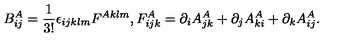
B _ { i j } ^ { A } = \frac { 1 } { 3 ! } \epsilon _ { i j k l m } F ^ { A k l m } , F _ { i j k } ^ { A } = \partial _ { i } A _ { j k } ^ { A } + \partial _ { j } A _ { k i } ^ { A } + \partial _ { k } A _ { i j } ^ { A } .